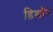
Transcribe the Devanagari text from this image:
डिशॉन